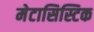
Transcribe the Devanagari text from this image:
मेटासिस्टिक